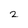
Character: 2